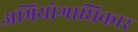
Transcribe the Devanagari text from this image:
अभियोगाधिकार